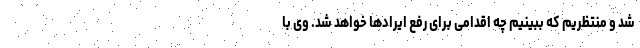
شد و منتظریم که ببینیم چه اقدامی برای رفع ایرادها خواهد شد. وی با